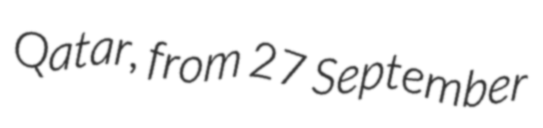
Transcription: Qatar, from 27 September